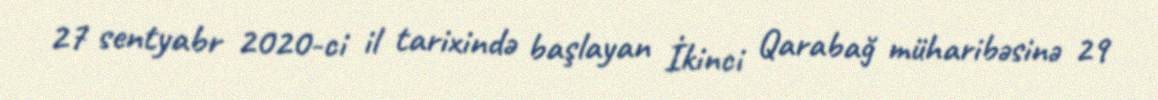
27 sentyabr 2020-ci il tarixində başlayan İkinci Qarabağ müharibəsinə 29